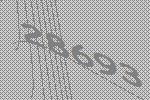
28693